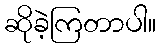
ဆိုခဲ့ကြတာပါ။